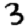
Digit: 3